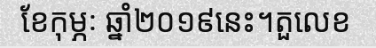
ខែកុម្ភៈ ឆ្នាំ២០១៩នេះ។តួលេខ